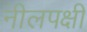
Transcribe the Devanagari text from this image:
नीलपक्षी